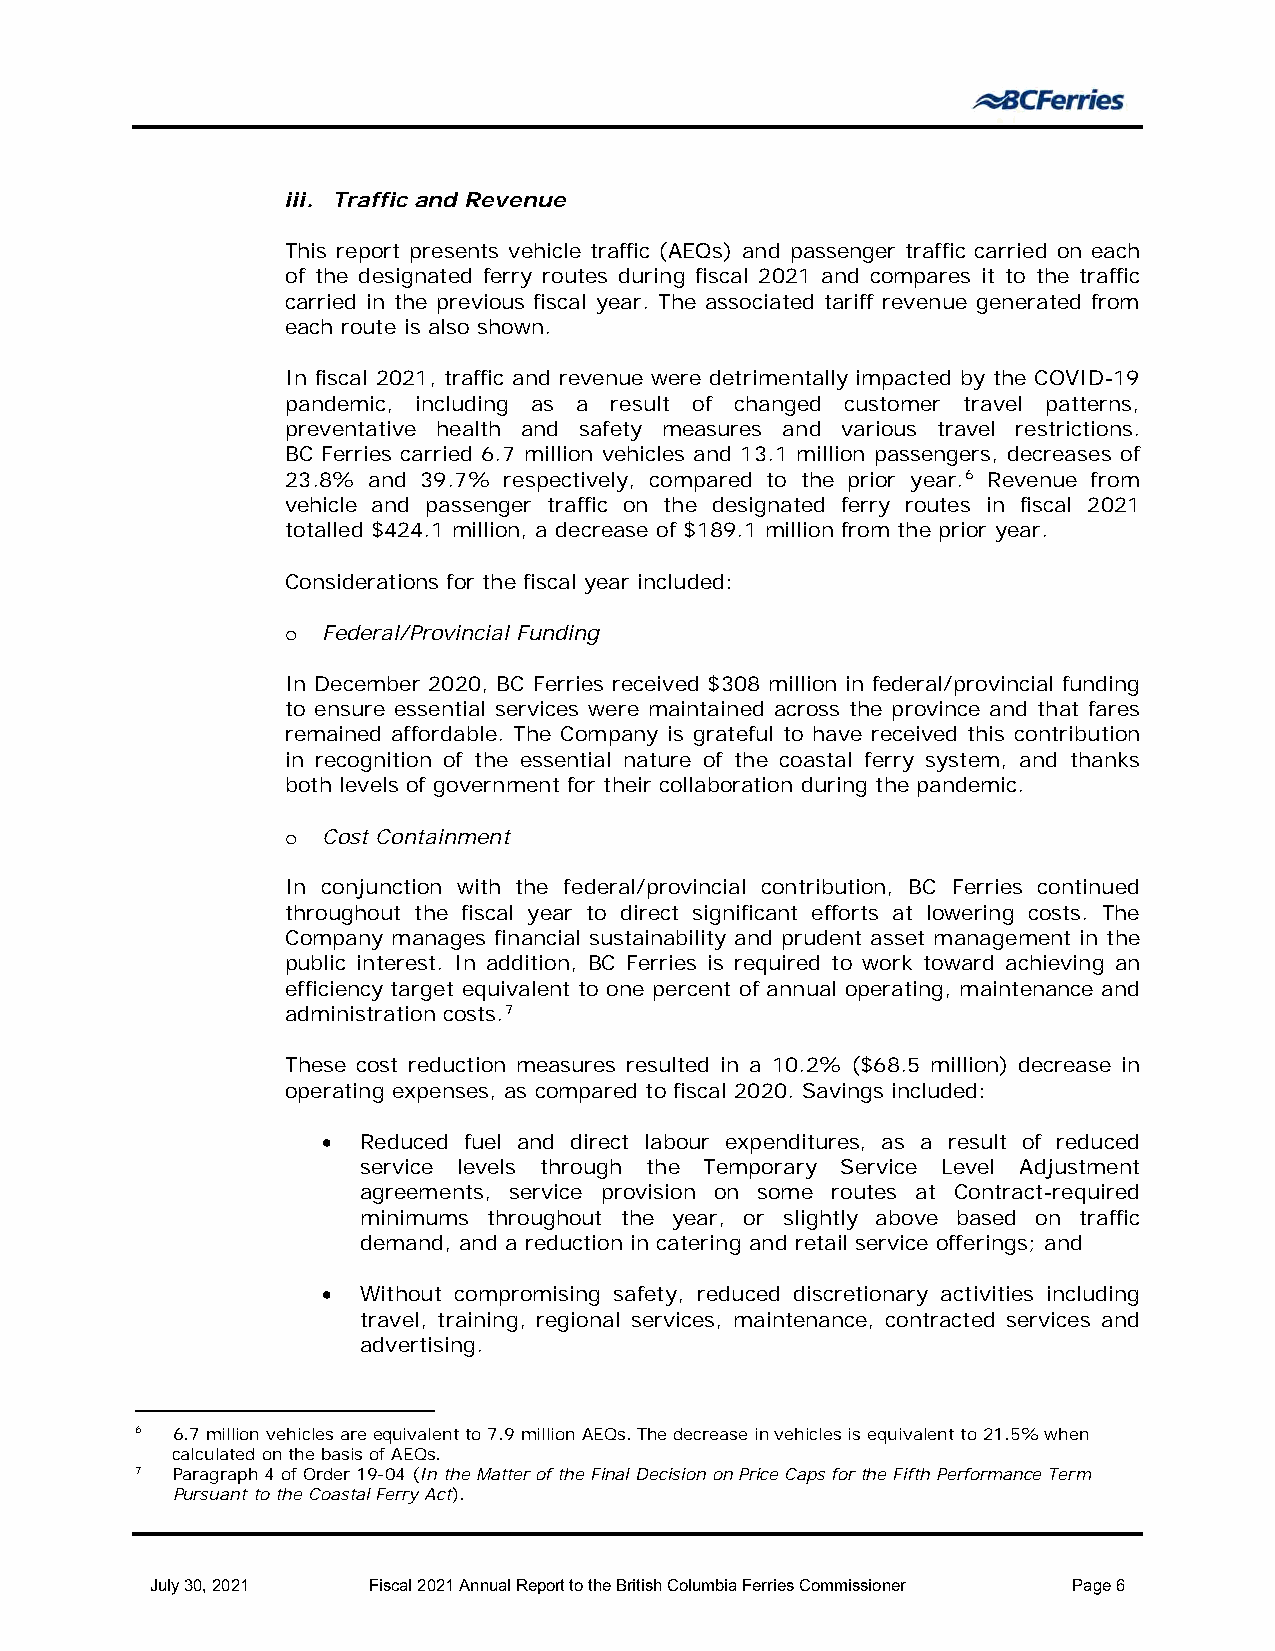
iii. Traffic and Revenue
 This report presents vehicle traffic (AEQs) and passenger traffic carried on each
 of the designated ferry routes during fiscal 2021 and compares it to the traffic
 carried in the previous fiscal year. The associated tariff revenue generated from
 each route is also shown.
 In fiscal 2021, traffic and revenue were detrimentally impacted by the COVID-19
 pandemic, including as a result of changed customer travel patterns,
 preventative health and safety measures and various travel restrictions.
 BC Ferries carried 6.7 million vehicles and 13.1 million passengers, decreases of
 23.8% and 39.7% respectively, compared to the prior year.6 Revenue from
 vehicle and passenger traffic on the designated ferry routes in fiscal 2021
 totalled $424.1 million, a decrease of $189.1 million from the prior year.
 Considerations for the fiscal year included:
 Federal/Provincial Funding
 o
 In December 2020, BC Ferries received $308 million in federal/provincial funding
 to ensure essential services were maintained across the province and that fares
 remained affordable. The Company is grateful to have received this contribution
 in recognition of the essential nature of the coastal ferry system, and thanks
 both levels of government for their collaboration during the pandemic.
 Cost Containment
 o
 In conjunction with the federal/provincial contribution, BC Ferries continued
 throughout the fiscal year to direct significant efforts at lowering costs. The
 Company manages financial sustainability and prudent asset management in the
 public interest. In addition, BC Ferries is required to work toward achieving an
 efficiency target equivalent to one percent of annual operating, maintenance and
 administration costs.7
 These cost reduction measures resulted in a 10.2% ($68.5 million) decrease in
 operating expenses, as compared to fiscal 2020. Savings included:
 •  Reduced fuel and direct labour expenditures, as a result of reduced
 service levels through the Temporary Service Level Adjustment
 agreements, service provision on some routes at Contract-required
 minimums throughout the year, or slightly above based on traffic
 demand, and a reduction in catering and retail service offerings; and
 •  Without compromising safety, reduced discretionary activities including
 travel, training, regional services, maintenance, contracted services and
 advertising.
 6 6.7 million vehicles are equivalent to 7.9 million AEQs. The decrease in vehicles is equivalent to 21.5% when
 calculated on the basis of AEQs.
 7 Paragraph 4 of Order 19-04 (In the Matter of the Final Decision on Price Caps for the Fifth Performance Term
 Pursuant to the Coastal Ferry Act).
 July 30, 2021 Fiscal 2021 Annual Report to the British Columbia Ferries Commissioner Page 6